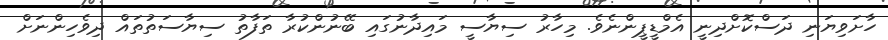
ހާށަވިޔަނި ދަސްކޮށްދިނީ އެމްޑީޕީންނެވެ. މިހާރު ސިޔާސީ މައިދާނުގައި ބޭނުންކުރާ ތަފާތު ސިޔާސަތުތައް ދިވެހިންނަށް